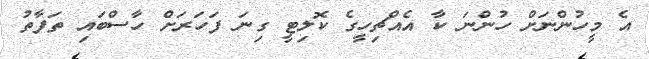
އެ މީހުންނަށް ހުންނަ ކާ އެއްޗިހީގެ ކޮލިޓީ ގިނަ ފަހަރަށް ހާސްބައި ތަފާތު